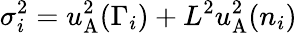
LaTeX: \sigma_{i}^{2}=u_{\mathrm{A}}^{2}(\Gamma_{i})+L^{2}u_{\mathrm{A}}^{2}(n_{i})